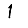
Digit: 1